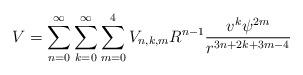
LaTeX: \begin{align*}V =\sum_{n = 0}^{ \infty} \sum_{k = 0}^{ \infty} \sum_{m = 0}^{4} V_{n, k, m} R^{n -1}\frac{v^k \psi^{2m}}{r^{3n + 2k + 3m-4}} \end{align*}